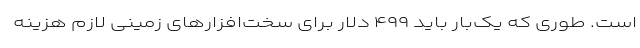
است. طوری که یک‌بار باید ۴۹۹ دلار برای سخت‌افزارهای زمینی لازم هزینه